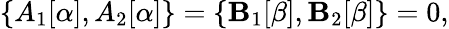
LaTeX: \{ A_{1}[\alpha],A_{2}[\alpha]\} =\{ \mathbf{B}_{1}[\beta],\mathbf{B}_{2}[\beta]\} =0,